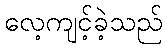
လေ့ကျင့်ခဲ့သည်